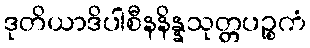
ဒုတိယာဒိပါစီနနိန္နသုတ္တပဉ္စကံ